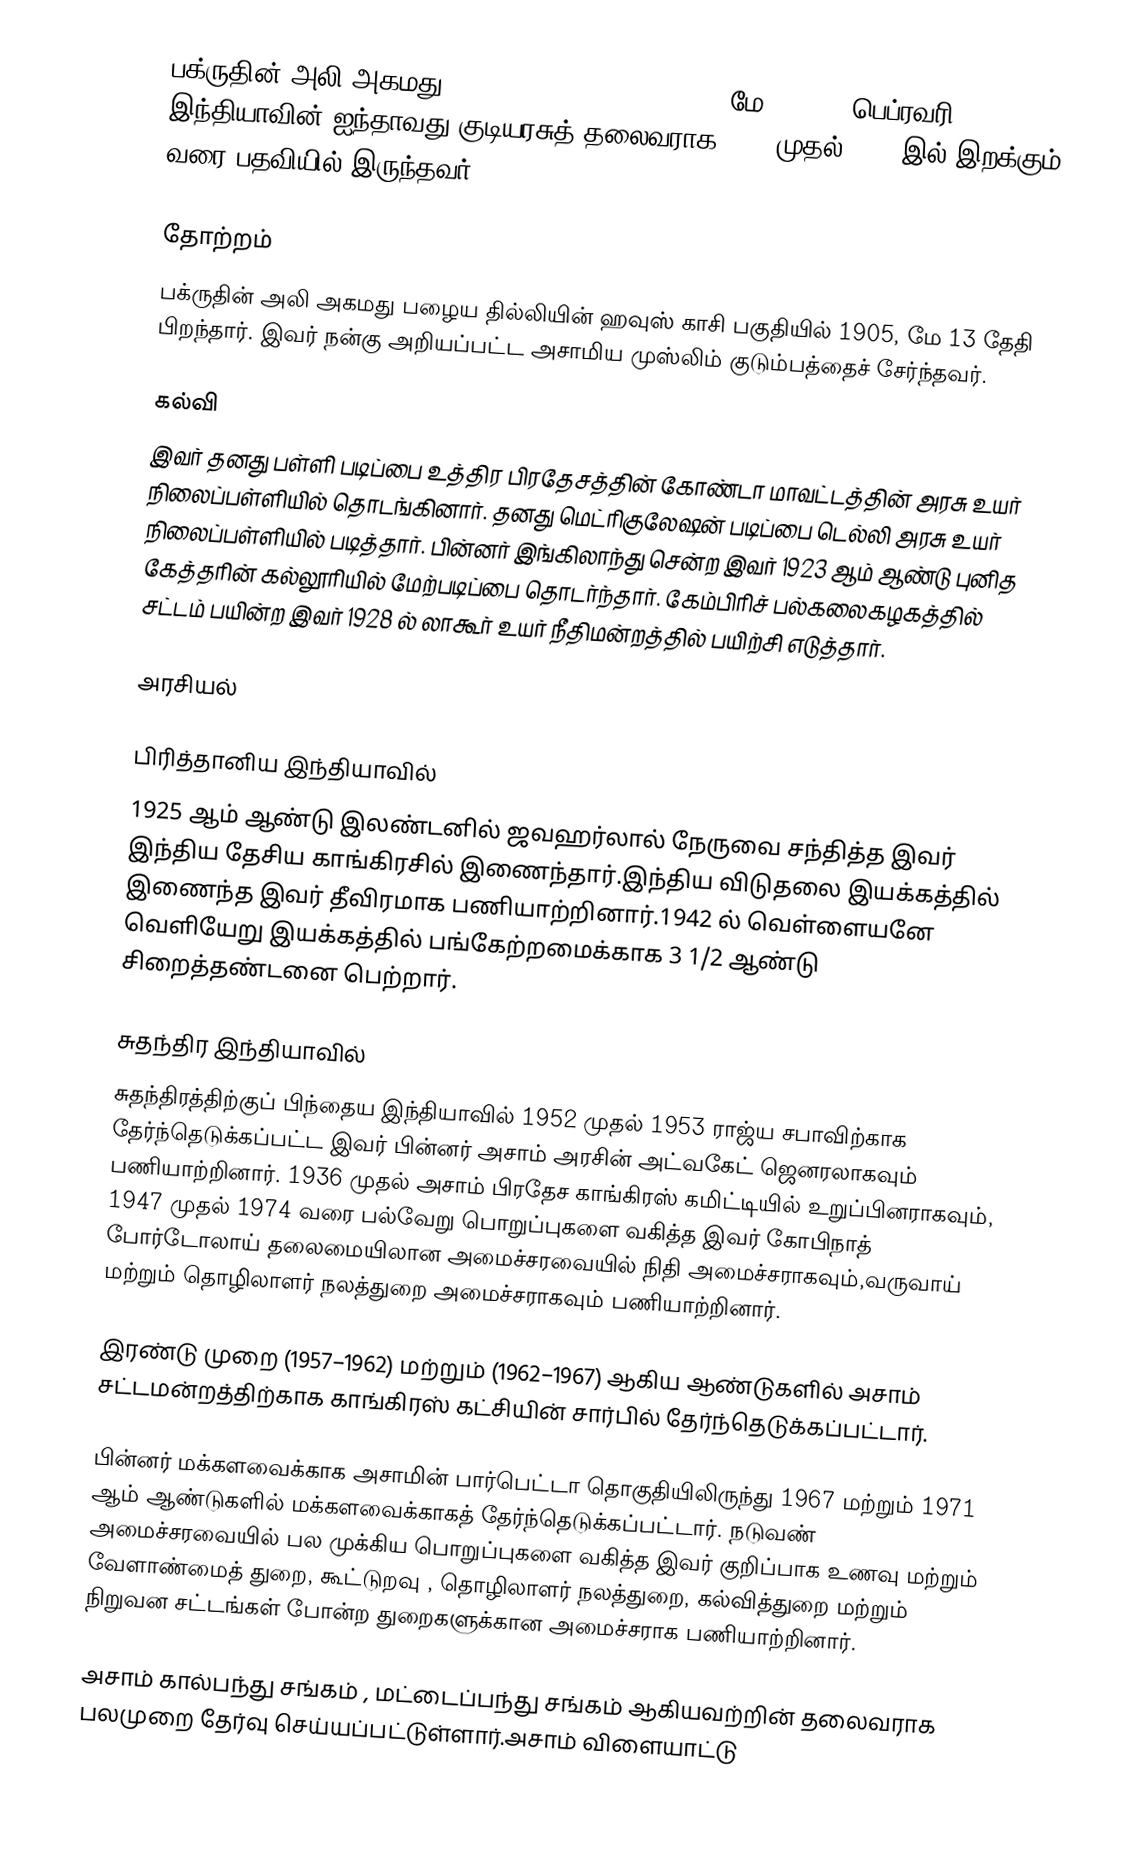
பக்ருதின் அலி அகமது (Fakhruddin Ali Ahmed, , 13 மே 1905–11 பெப்ரவரி 1977) இந்தியாவின் ஐந்தாவது குடியரசுத் தலைவராக 1974 முதல் 1977 இல் இறக்கும் வரை பதவியில் இருந்தவர்..

தோற்றம்
பக்ருதின் அலி அகமது பழைய தில்லியின் ஹவுஸ் காசி பகுதியில் 1905, மே 13 தேதி பிறந்தார். இவர் நன்கு அறியப்பட்ட அசாமிய முஸ்லிம் குடும்பத்தைச் சேர்ந்தவர்.

கல்வி
இவர் தனது பள்ளி படிப்பை உத்திர பிரதேசத்தின் கோண்டா மாவட்டத்தின் அரசு உயர் நிலைப்பள்ளியில் தொடங்கினார். தனது மெட்ரிகுலேஷன் படிப்பை டெல்லி அரசு உயர் நிலைப்பள்ளியில் படித்தார். பின்னர் இங்கிலாந்து சென்ற இவர் 1923 ஆம் ஆண்டு புனித கேத்தரின் கல்லூரியில் மேற்படிப்பை தொடர்ந்தார். கேம்பிரிச் பல்கலைகழகத்தில் சட்டம் பயின்ற இவர் 1928 ல் லாகூர் உயர் நீதிமன்றத்தில் பயிற்சி எடுத்தார்.

அரசியல்

பிரித்தானிய இந்தியாவில்
1925 ஆம் ஆண்டு இலண்டனில் ஜவஹர்லால் நேருவை சந்தித்த இவர் இந்திய தேசிய காங்கிரசில் இணைந்தார்.இந்திய விடுதலை இயக்கத்தில் இணைந்த இவர் தீவிரமாக பணியாற்றினார்.1942 ல் வெள்ளையனே வெளியேறு இயக்கத்தில் பங்கேற்றமைக்காக 3 1/2 ஆண்டு சிறைத்தண்டனை பெற்றார்.

சுதந்திர இந்தியாவில்
சுதந்திரத்திற்குப் பிந்தைய இந்தியாவில் 1952 முதல் 1953 ராஜ்ய சபாவிற்காக தேர்ந்தெடுக்கப்பட்ட இவர் பின்னர் அசாம் அரசின் அட்வகேட் ஜெனரலாகவும் பணியாற்றினார். 1936 முதல் அசாம் பிரதேச காங்கிரஸ் கமிட்டியில் உறுப்பினராகவும், 1947 முதல் 1974 வரை பல்வேறு பொறுப்புகளை வகித்த இவர் கோபிநாத் போர்டோலாய்  தலைமையிலான அமைச்சரவையில்  நிதி அமைச்சராகவும்,வருவாய் மற்றும் தொழிலாளர் நலத்துறை அமைச்சராகவும் பணியாற்றினார்.

இரண்டு முறை (1957–1962) மற்றும் (1962–1967) ஆகிய ஆண்டுகளில் அசாம் சட்டமன்றத்திற்காக காங்கிரஸ் கட்சியின் சார்பில் தேர்ந்தெடுக்கப்பட்டார்.

பின்னர் மக்களவைக்காக அசாமின் பார்பெட்டா தொகுதியிலிருந்து 1967 மற்றும் 1971 ஆம் ஆண்டுகளில் மக்களவைக்காகத் தேர்ந்தெடுக்கப்பட்டார். நடுவண் அமைச்சரவையில் பல முக்கிய பொறுப்புகளை வகித்த இவர் குறிப்பாக உணவு மற்றும் வேளாண்மைத் துறை, கூட்டுறவு , தொழிலாளர் நலத்துறை, கல்வித்துறை மற்றும் நிறுவன சட்டங்கள் போன்ற துறைகளுக்கான அமைச்சராக பணியாற்றினார்.

அசாம் கால்பந்து சங்கம் , மட்டைப்பந்து சங்கம் ஆகியவற்றின் தலைவராக பலமுறை தேர்வு செய்யப்பட்டுள்ளார்.அசாம் விளையாட்டு